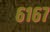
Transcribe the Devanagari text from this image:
६१६७